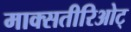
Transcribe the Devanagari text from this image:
माक्सतीरिओट्